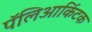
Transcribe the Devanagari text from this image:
पॅलिआर्किटक